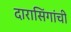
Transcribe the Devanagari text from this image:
दारासिंगांची